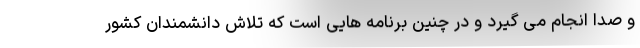
و صدا انجام می گیرد و در چنین برنامه هایی است که تلاش دانشمندان کشور